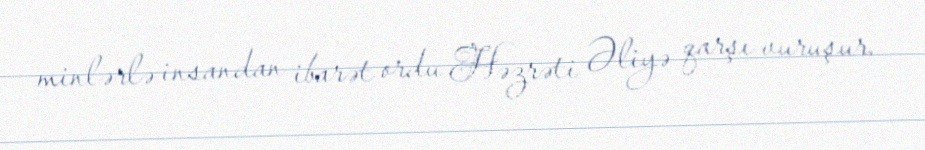
minlərlə insandan ibarət ordu Həzrəti Əliyə qarşı vuruşur.